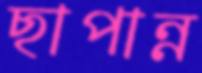
ছাপান্ন